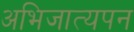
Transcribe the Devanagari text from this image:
अभिजात्यपन